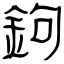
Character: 鉤